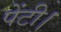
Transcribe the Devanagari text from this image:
पेंटी।